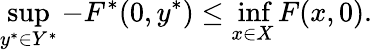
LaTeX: \operatorname*{sup}_{y^{*}\in Y^{*}}-F^{*}(0,y^{*})\leq\operatorname*{inf}_{x\in X}F(x,0).